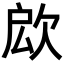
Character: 𣢵